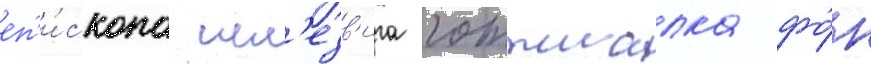
еп'и́скопа шл'езв'ига готтшалка фо́н